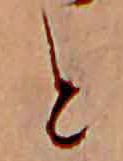
と